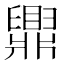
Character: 𬛿